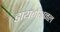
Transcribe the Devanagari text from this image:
डायमेंशनल